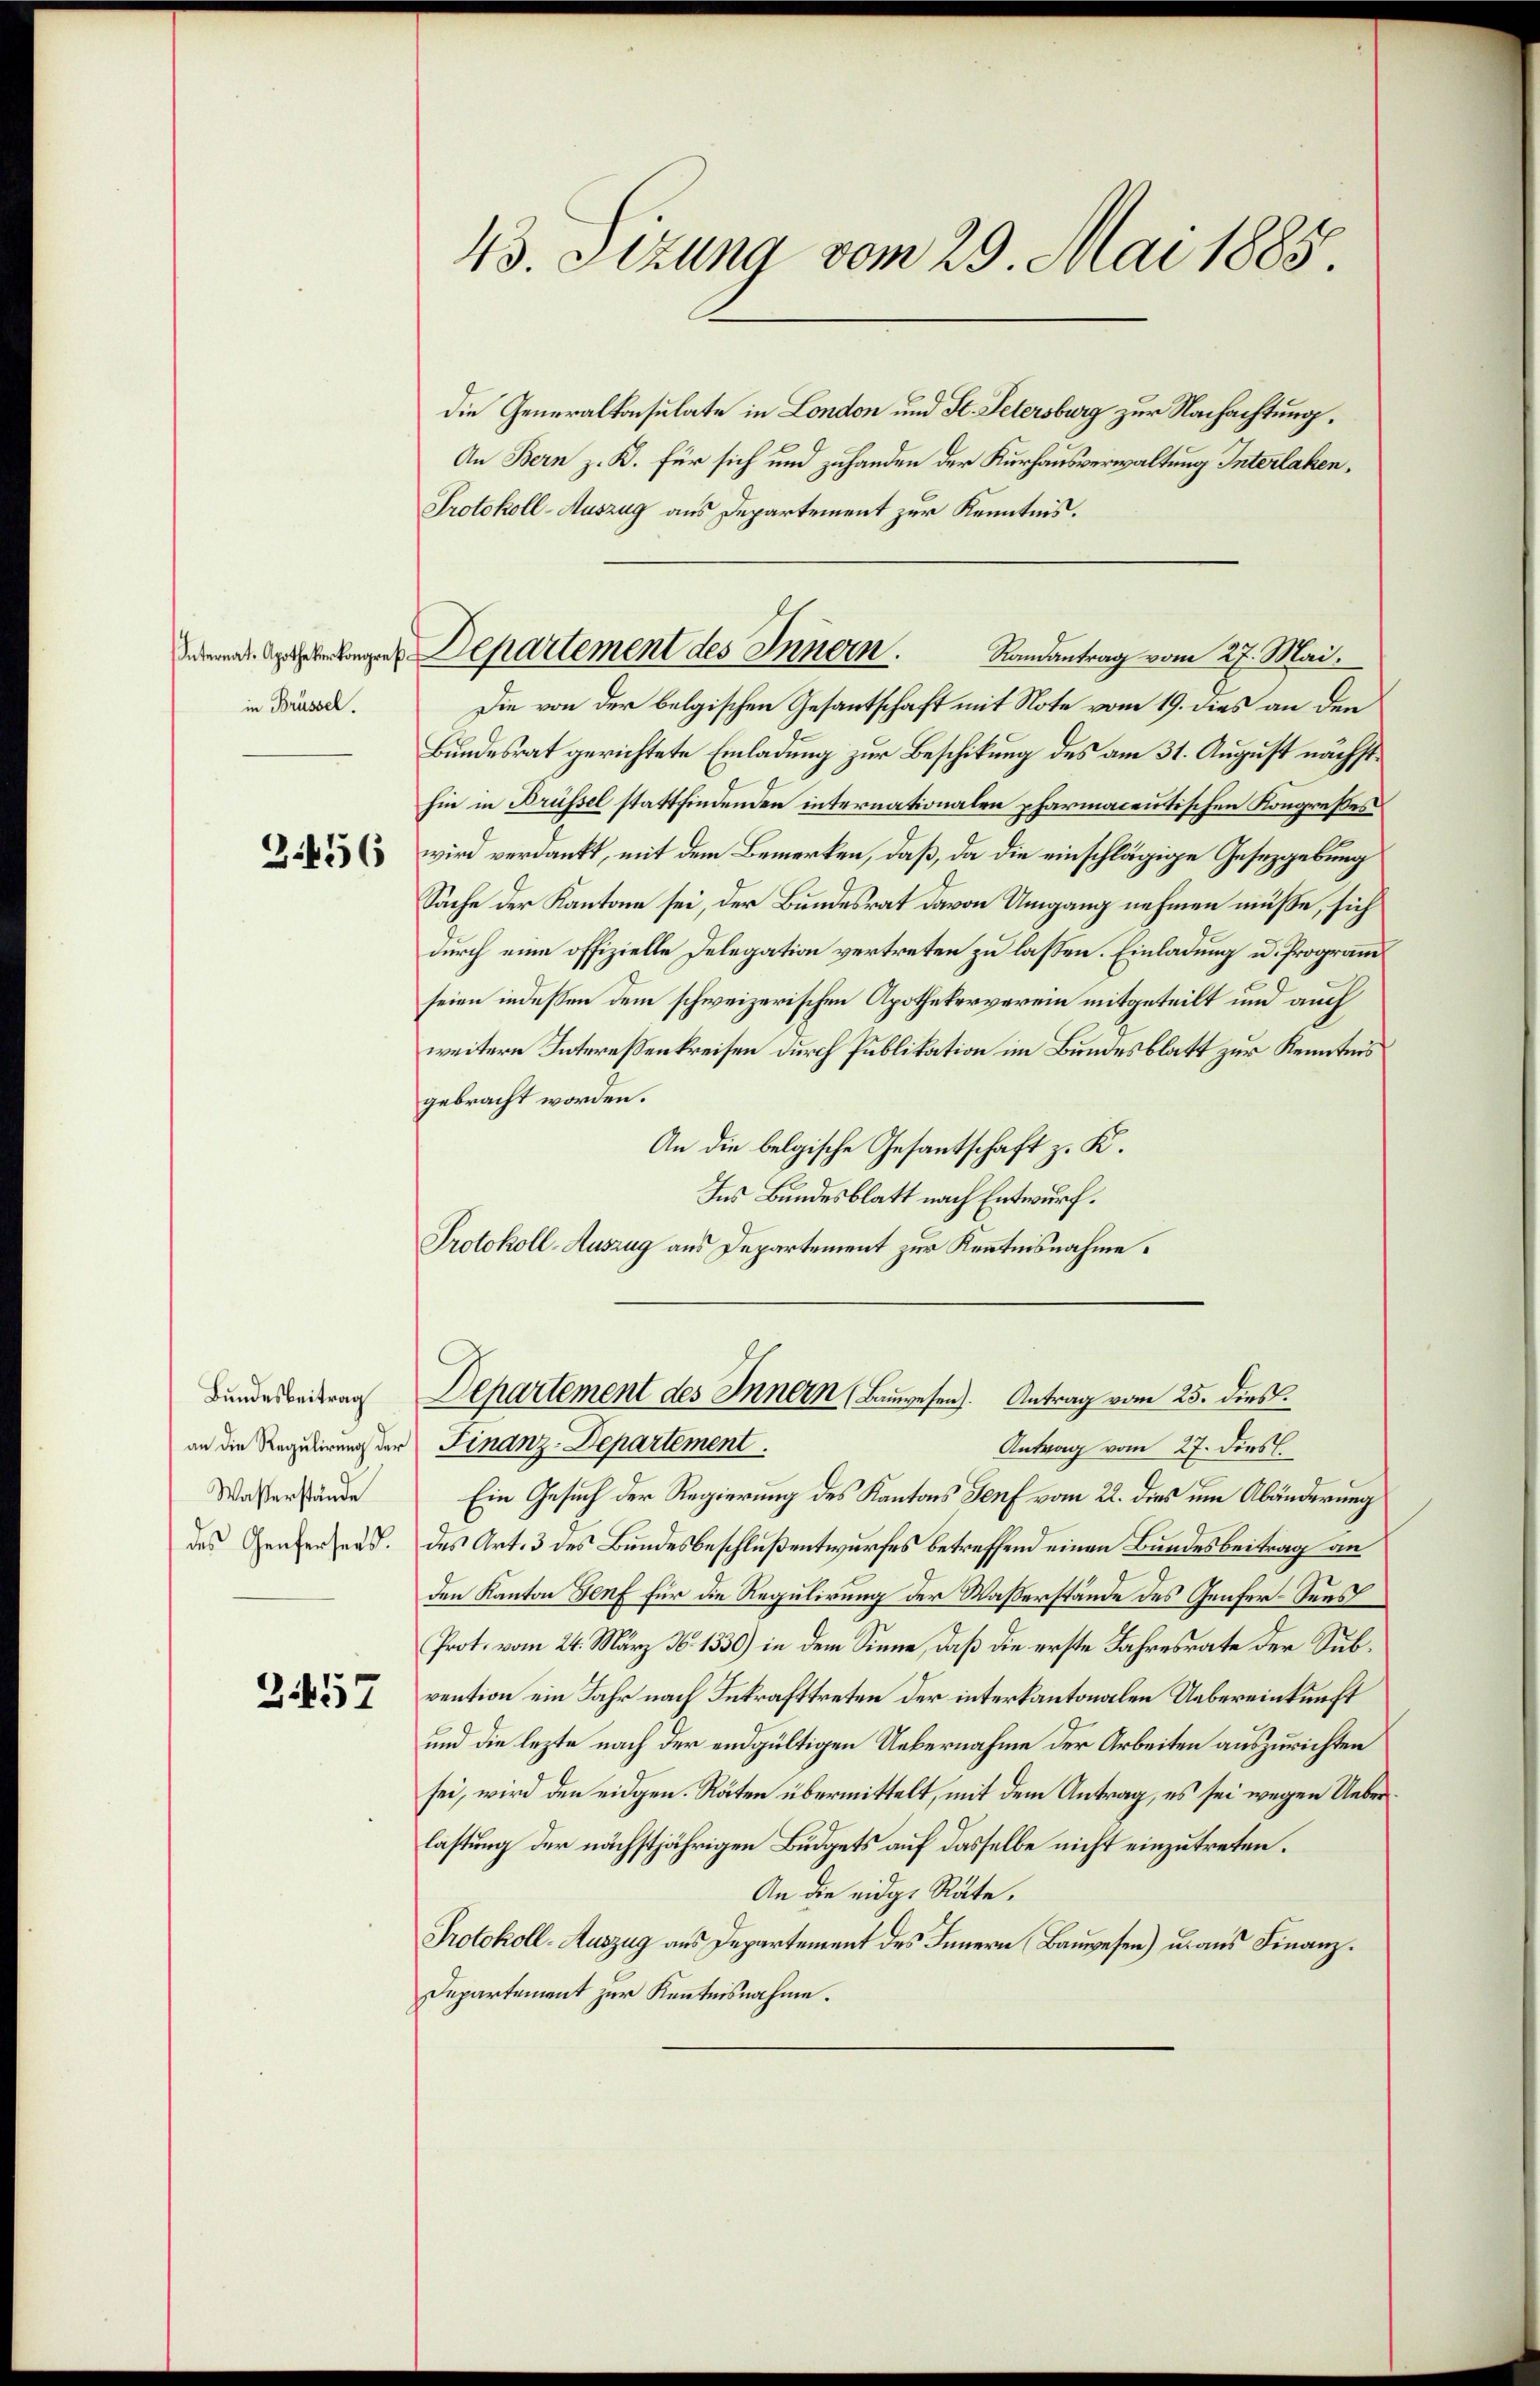
in Brüssel.
3.456

Bundesbeitrag
Waßerstände
des Genfersees.

3457

die Generalkonsulate in London und St. Petersburg zur Nachachtung,
An Bern z. K. für sich und zuhanden der Kurhausverwaltung Interlaken¬
Protokoll-Auszug aus Departement zur Kenntnis.
Die von der belgischen Gesandtschaft mit Note vom 19. dies an den
Bundesrat gerichtete Einladung zur Beschikung des am 31. August nächsthin in Brüssel stattfindenden internationalen pharmacentischen Kongreßes
wird verdankt, mit dem Bemerken, daß, da die einschlägige Gesetzgebung
Sache der Kantone sei, der Bundesrat davon Umgang nehmen müße, sich
durch eine offizielle Delegation vertreten zu lassen. Einladung u. Program
seien indessen dem schweizerischen Apothekerverein mitgeteilt und auch
weitere Interessenkreisen durch Publikation im Bundesblatt zur Kenntnis
gebracht worden.
An die belgische Gesantschaft z. K.
Ins Bundesblatt nach Entwurf.
Protokoll-Auszug aus Departement zur Kenntnisnahme.
Departement des Innern (Bauwesen. Antrag vom 25. dies
an die Regulirung der Finanz-Departement.
Antrag vom 27. dens.
Ein Gesuch der Regierung des Kantons Genf vom 22. dies um Abänderung
des Art. 3 des Bundesbeschlußentwurfes betreffend einen Bundesbeitrag an
den Kanton Senf für die Regulirung der Wasserstände des Genfer-Sees
Prot. vom 24. März 16. 1330) in dem Sinne, daß die erste Jahresrate der Subvention ein Jahr nach Inkrafttreten der interkantonalen Uebereinkunft
und die lezte nach der endgültigen Uebernahme der Arbeiten auszurichten
sei, wird den eidgen. Räten übermittelt, mit dem Antrag, es sei wegen Ueberlastung der nächstjährigen Budgets auf dasselbe nicht einzutreten.
An die eidg. Räte.
Protokoll-Auszug aus Departement des Innern Bauwesen) u. aus Finanz¬
Departement zur Kenntnisnahme.

43. Sizung vom 29. Mai 1885

eede Gasbelangen Departement des Innern.
Randantrag vom 27. Mai.